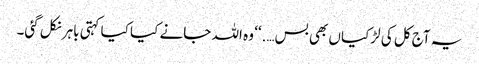
یہ آج کل کی لڑکیاں بھی بس….‘‘ وہ اللہ جانے کیا کیا کہتی باہر نکل گئی۔